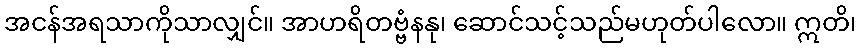
အငန်အရသာကိုသာလျှင်။ အာဟရိတဗ္ဗံနနု၊ ဆောင်သင့်သည်မဟုတ်ပါလော။ ဣတိ၊